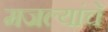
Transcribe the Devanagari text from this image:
मजल्यांचे